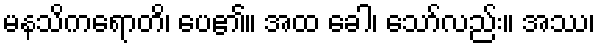
မနသိကရောတိ၊ ပေ၏။ အထ ခေါ၊ သော်လည်း။ အဿ၊